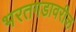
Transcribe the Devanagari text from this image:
भरतगडावरील